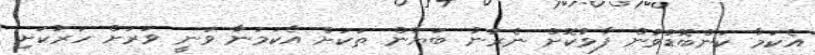
އެކަމާ ކަންބޮޑުވުން ފާޅުކޮށް ނެރުނު ބަޔާން ތަކަށް އެކަމަނާ ވަނީ ވަރަށް ހަރުކަށި